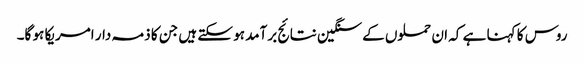
روس کا کہنا ہے کہ ان حملوں کے سنگین نتائج برآمد ہو سکتے ہیں جن کا ذمہ دار امریکا ہو گا۔